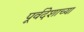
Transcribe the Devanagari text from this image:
पूर्वदेशाच्या